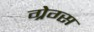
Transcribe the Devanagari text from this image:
ग्रेग्स